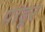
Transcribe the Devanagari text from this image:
पांडूर